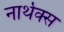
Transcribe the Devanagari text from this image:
नार्थेक्स